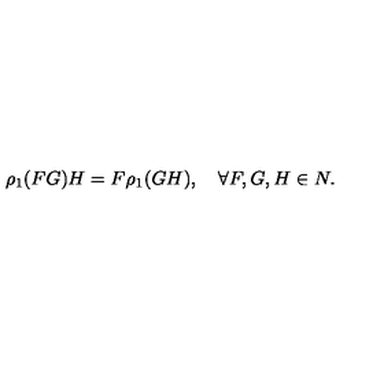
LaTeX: \rho _ { 1 } ( F G ) H = F \rho _ { 1 } ( G H ) , \quad \forall F , G , H \in N .